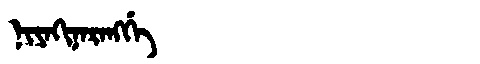
Manchu: ᠨᡳᠶᠠᡴᡳᠨᠠᡵᠠᠩᡤᡝ
Romanization: NIYAKINARANGGE